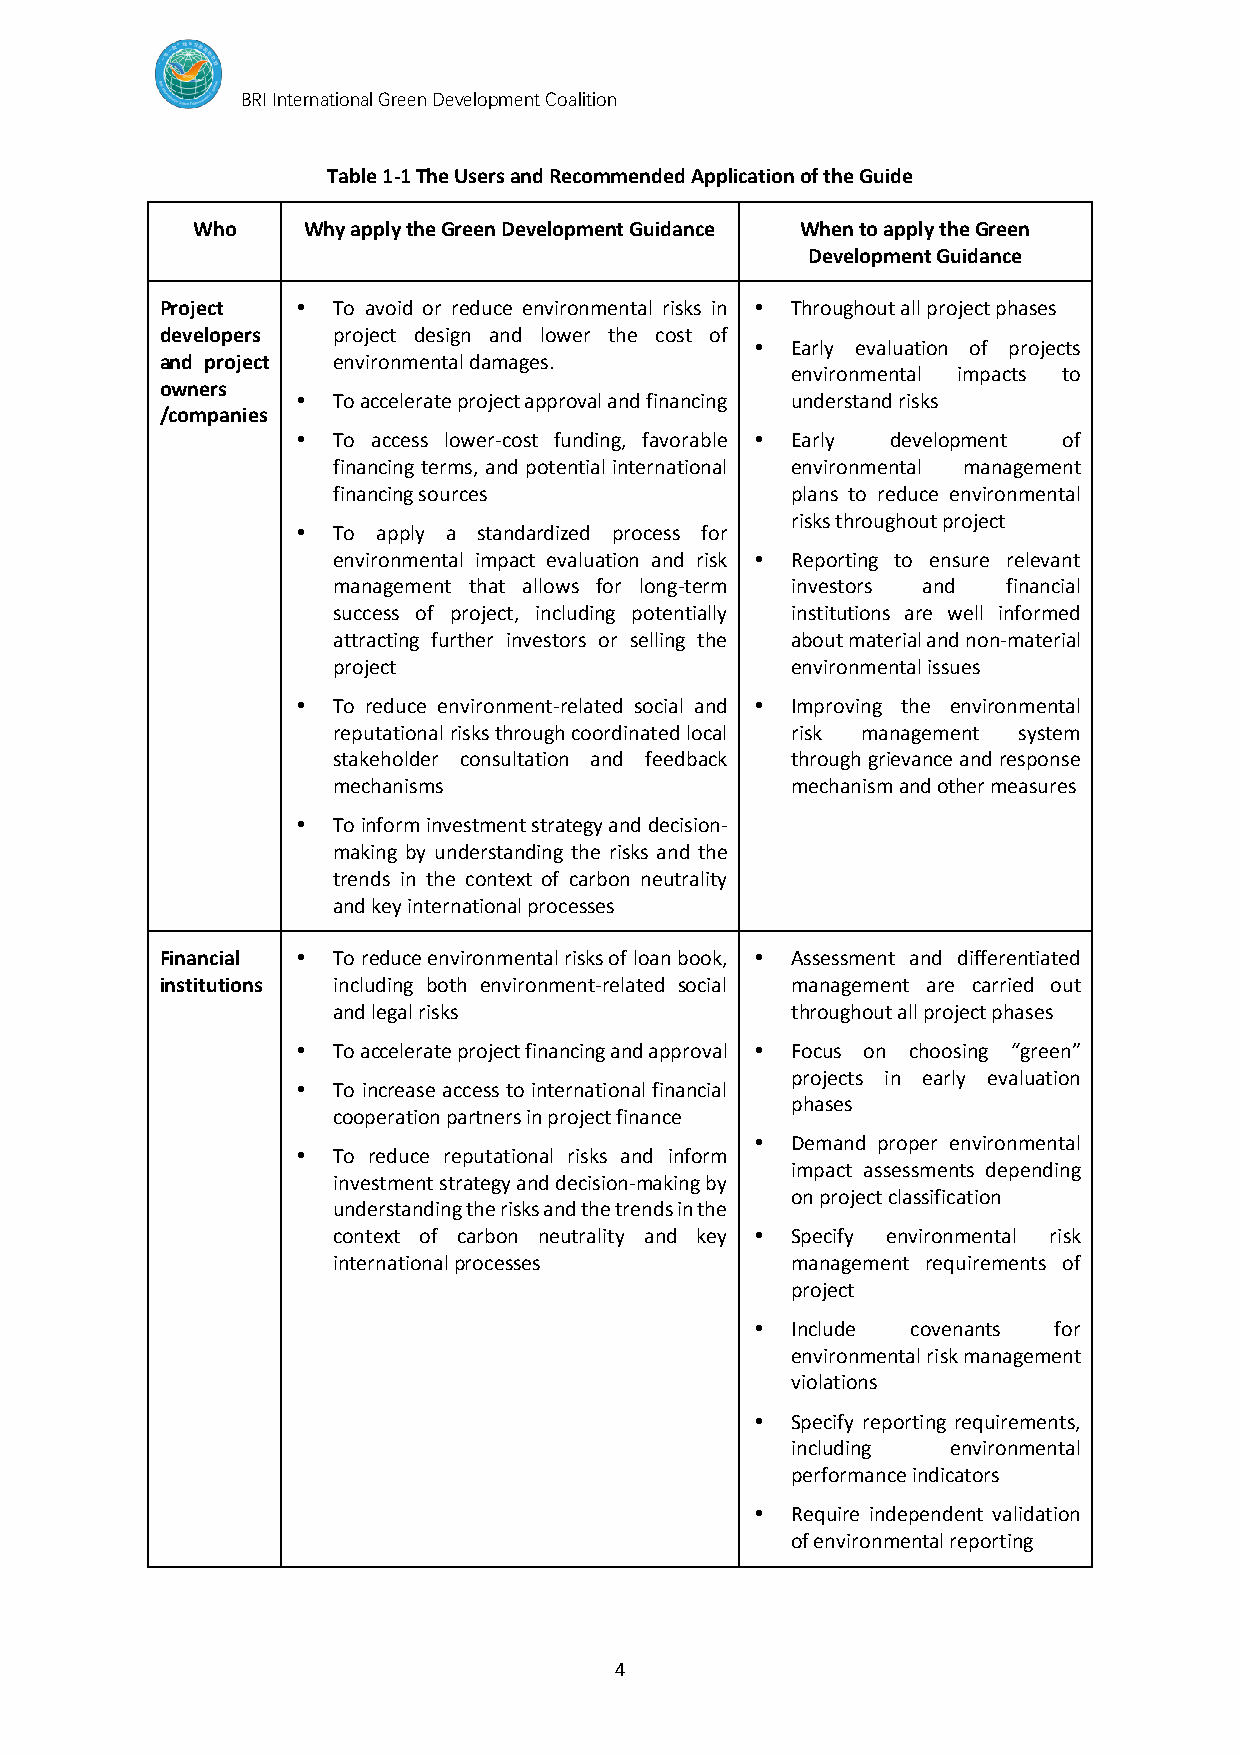
BRI International Green Development Coalition
 Table 1-1 The Users and Recommended Application of the Guide
 Who    Why apply the Green Development Guidance When to apply the Green
 Development Guidance
 Project   To avoid or reduce environmental risks in  Throughout all project phases
 developers project design and lower the cost of
  Early evaluation of projects
 and project environmental damages.
 environmental impacts to
 owners
  To accelerate project approval and financing understand risks
 /companies
  To access lower-cost funding, favorable  Early development of
 financing terms, and potential international environmental management
 financing sources             plans to reduce environmental
 risks throughout project
  To apply a standardized process for
 environmental impact evaluation and risk  Reporting to ensure relevant
 management that allows for long-term investors and financial
 success of project, including potentially institutions are well informed
 attracting further investors or selling the about material and non-material
 project                       environmental issues
  To reduce environment-related social and  Improving the environmental
 reputational risks through coordinated local risk management system
 stakeholder consultation and feedback through grievance and response
 mechanisms                    mechanism and other measures
  To inform investment strategy and decision-
 making by understanding the risks and the
 trends in the context of carbon neutrality
 and key international processes
 Financial  To reduce environmental risks of loan book,  Assessment and differentiated
 institutions including both environment-related social management are carried out
 and legal risks               throughout all project phases
  To accelerate project financing and approval  Focus on choosing “green”
 projects in early evaluation
  To increase access to international financial
 phases
 cooperation partners in project finance
  Demand proper environmental
  To reduce reputational risks and inform
 impact assessments depending
 investment strategy and decision-making by
 on project classification
 understanding the risks and the trends in the
 context of carbon neutrality and key  Specify environmental risk
 international processes       management requirements of
 project
  Include covenants for
 environmental risk management
 violations
  Specify reporting requirements,
 including  environmental
 performance indicators
  Require independent validation
 of environmental reporting
 4